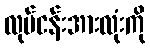
လုပ်ငန်းအားလုံးကို